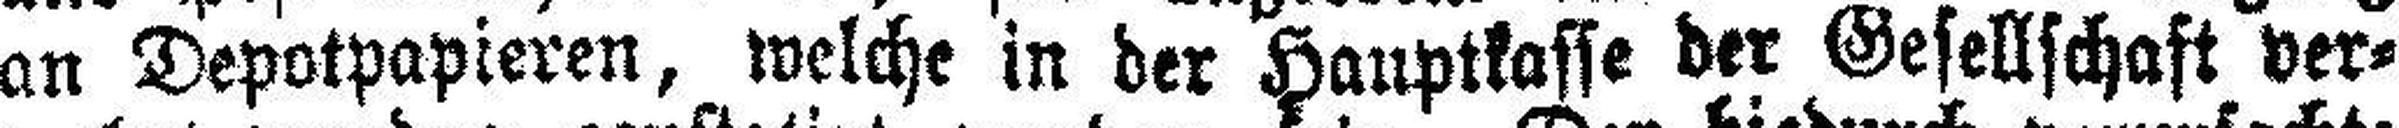
an Depotpapieren, welche in der Hauptkasse der Gesellschaft ver¬